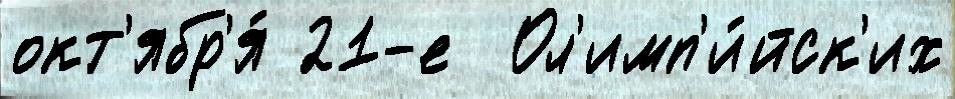
окт'ябр'я́ 21-е  Ол'имп'и́йск'их